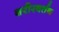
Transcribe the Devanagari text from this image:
शरीरवर्तन